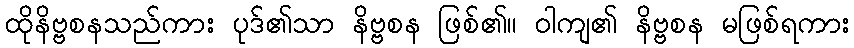
ထိုနိဗ္ဗစနသည်ကား ပုဒ်၏သာ နိဗ္ဗစန ဖြစ်၏။ ဝါကျ၏ နိဗ္ဗစန မဖြစ်ရကား